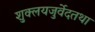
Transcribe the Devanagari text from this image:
शुक्लयजुर्वेदतथा